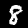
Label: 8